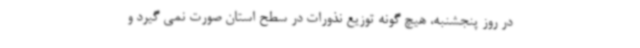
در روز پنجشنبه، هیچ گونه توزیع نذورات در سطح استان صورت نمی گیرد و